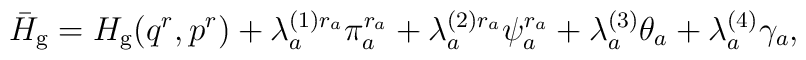
\bar{H}_{\rm g}=H_{\rm g}(q^r,p^r) + \lambda_a^{(1)r_a}\pi_a^{r_a} +\lambda_a^{(2)r_a}\psi_a^{r_a} + \lambda_a^{(3)}\theta_a +\lambda_a^{(4)}\gamma_a,